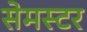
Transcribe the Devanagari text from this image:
सेमस्टर